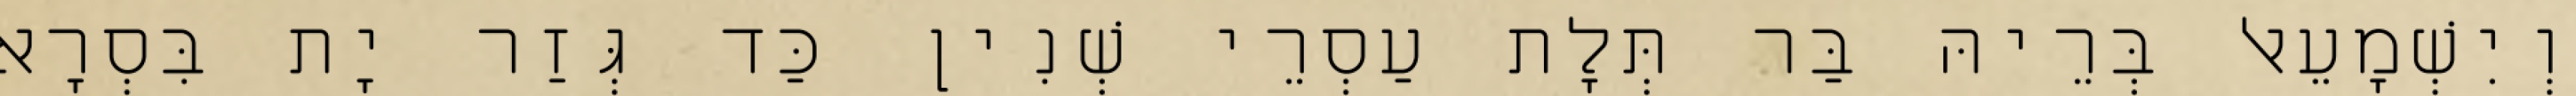
וְיִשְׁמָעֵאל בְּרֵיהּ בַּר תְּלָת עַסְרֵי שְׁנִין כַּד גְּזַר יָת בִּסְרָא